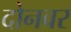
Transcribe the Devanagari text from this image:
दोनवर